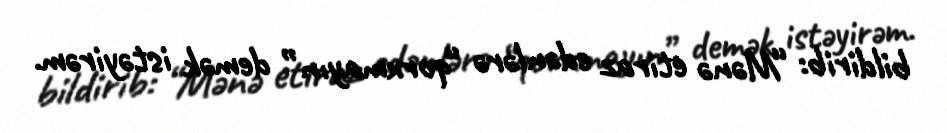
bildirib: “Mənə etiraz edənlərə “qorxmayın” demək istəyirəm.